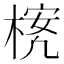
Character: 𪳃